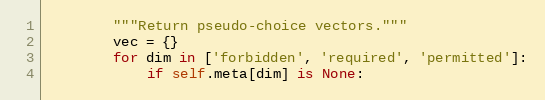
Language: Python
        """Return pseudo-choice vectors."""
        vec = {}
        for dim in ['forbidden', 'required', 'permitted']:
            if self.meta[dim] is None: